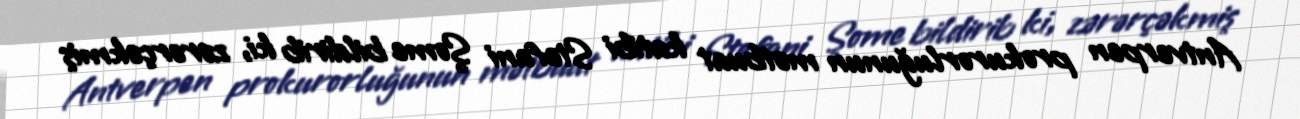
Antverpen prokurorluğunun mətbuat katibi Stefani Şome bildirib ki, zərərçəkmiş